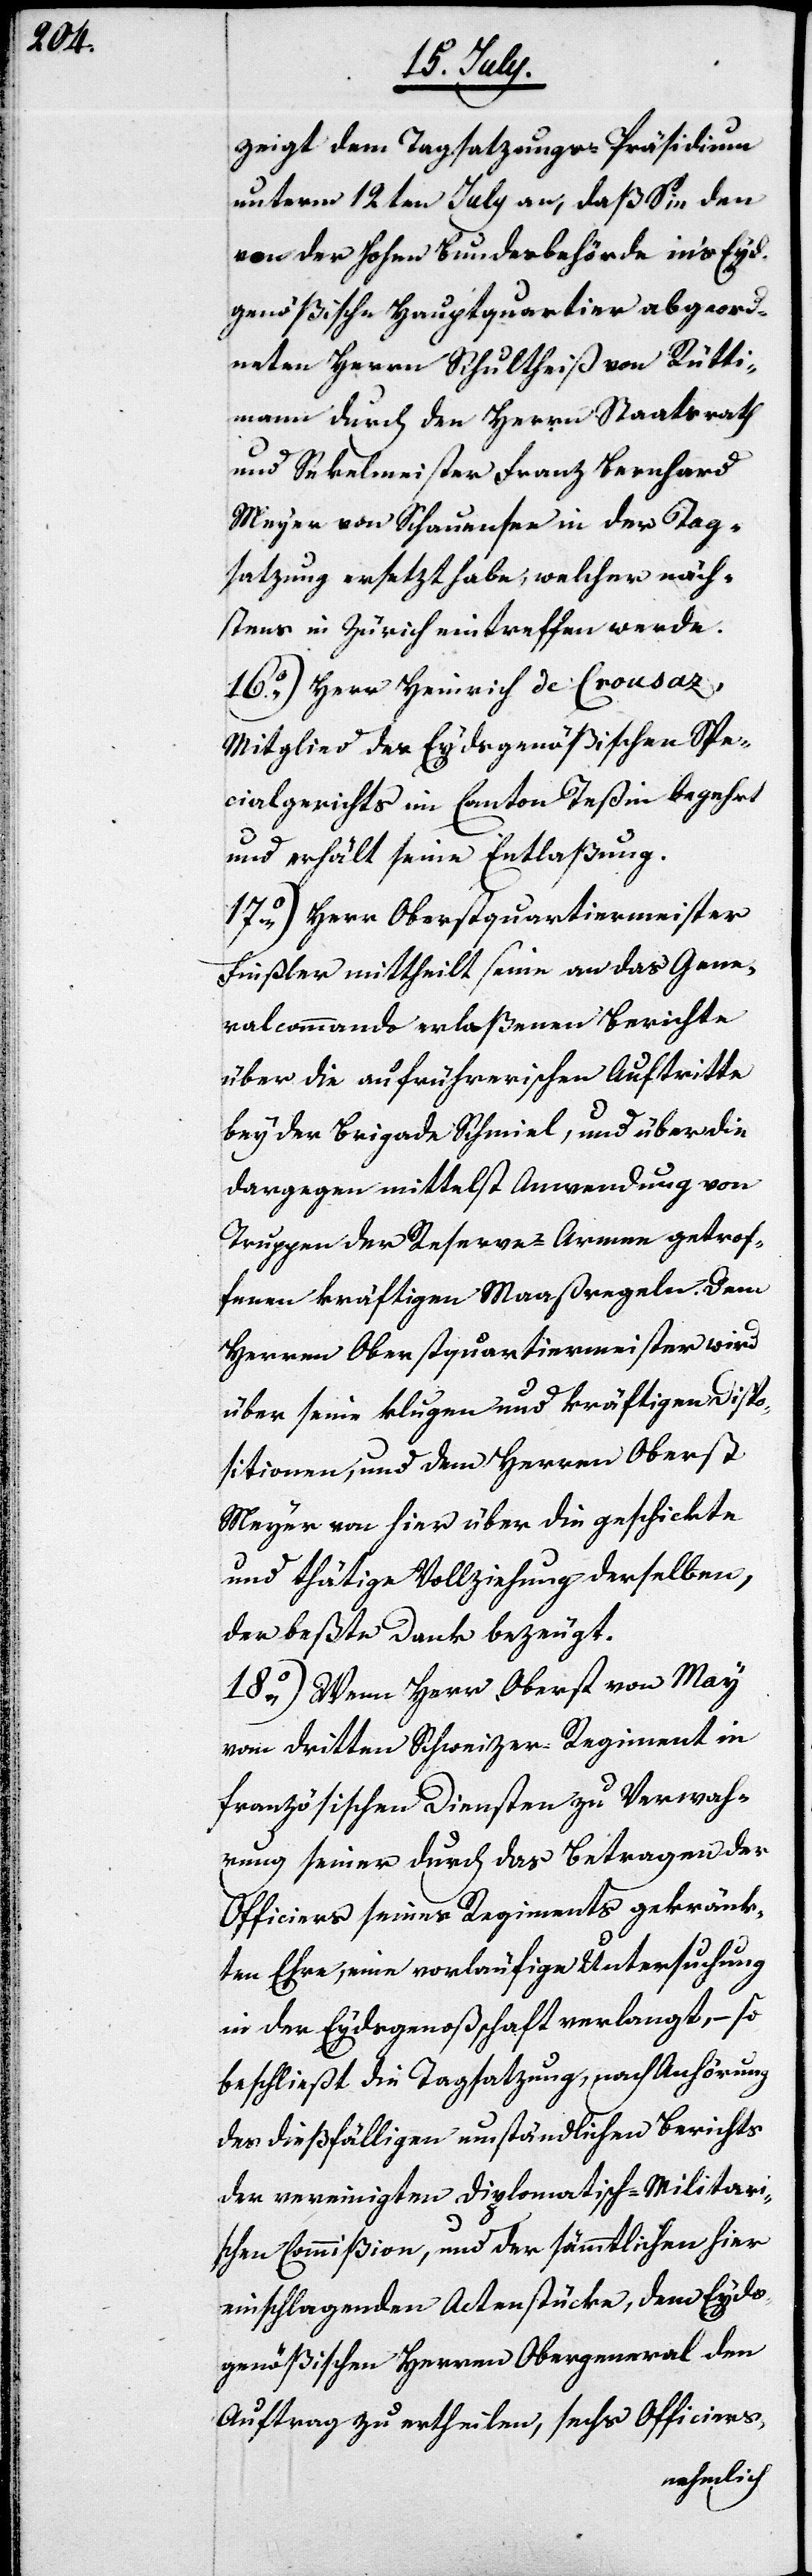
zeigt dem Tagsatzungs-Präsidium
unterm 12ten July an, daß Sie den
von der Hohen Bundesbehörde ins Eyd¬
genößische Hauptquartier abgeord¬
neten Herrn Schultheiß von Rütti¬
mann durch den Herrn Staatsrath
und Sekelmeister Franz Bernhard
Meyer von Schauensee in der Tag¬
satzung ersetzt habe, welcher näch¬
stens in Zürich eintreffen werde.
16.) Herr Heinrich de Crousaz,
Mitglied des Eydsgenößischen Spez¬
ialgerichts im Canton Teßin begehrt
und erhält seine Entlaßung.
17.) Herr Oberstquartiermeister
Finsler mittheilt seine an das Gene¬
ralcommando erlaßenen Berichte
über die aufrührerischen Auftritte
bey der Brigade Schmiel, und über die
dargegen mittelst Anwendung von
Truppen der Reserve-Armee getrof¬
fenen kräftigen Maaßregeln. Dem
Herren Oberstquartiermeister wird
über seine klugen und kräftigen Dispo¬
sitionen, und dem Herren Oberst
Meyer von hier über die geschickte
und thätige Vollziehung derselben,
der beßte Dank bezeugt.
18.) Wenn Herr Oberst von May
vom dritten Schweizer-Regiment in
französischen Diensten zu Verwah¬
rung seiner durch das Betragen der
Officiers seines Regiments gekränk¬
ten Ehre, eine vorläufige Untersuchung
in der Eydsgenoßenschaft verlangt, – so
beschließt die Tagsatzung, nach Anhörung
des dießfälligen umständlichen Berichts
der vereinigten Diplomatisch-Militari¬
schen Commißion, und der sämmtlichen hier
einschlagenden Actenstücke, dem Eyd¬
genößischen Herren Obergeneral den
Auftrag zu ertheilen, sechs Officiers,